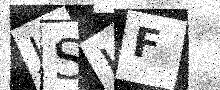
Text: JSHF